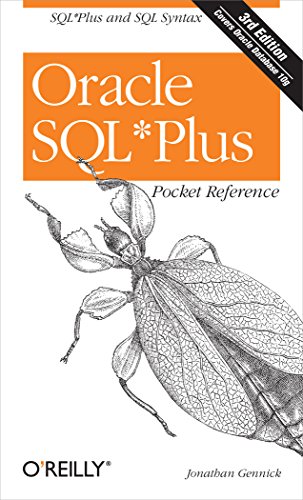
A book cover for Oracle SQL*Plus Pocket Reference (Pocket Reference (O'Reilly)); Jonathan Gennick; Computers & Technology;